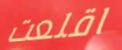
اقلعت